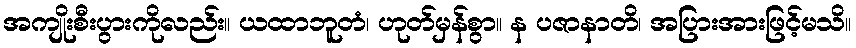
အကျိုးစီးပွားကိုလည်း။ ယထာဘူတံ၊ ဟုတ်မှန်စွာ။ န ပဇာနာတိ၊ အပြားအားဖြင့်မသိ။